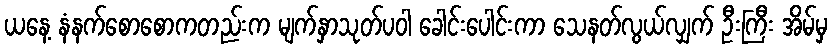
ယနေ့ နံနက်စောစောကတည်းက မျက်နှာသုတ်ပဝါ ခေါင်းပေါင်းကာ သေနတ်လွယ်လျှက် ဦးကြီး အိမ်မှ